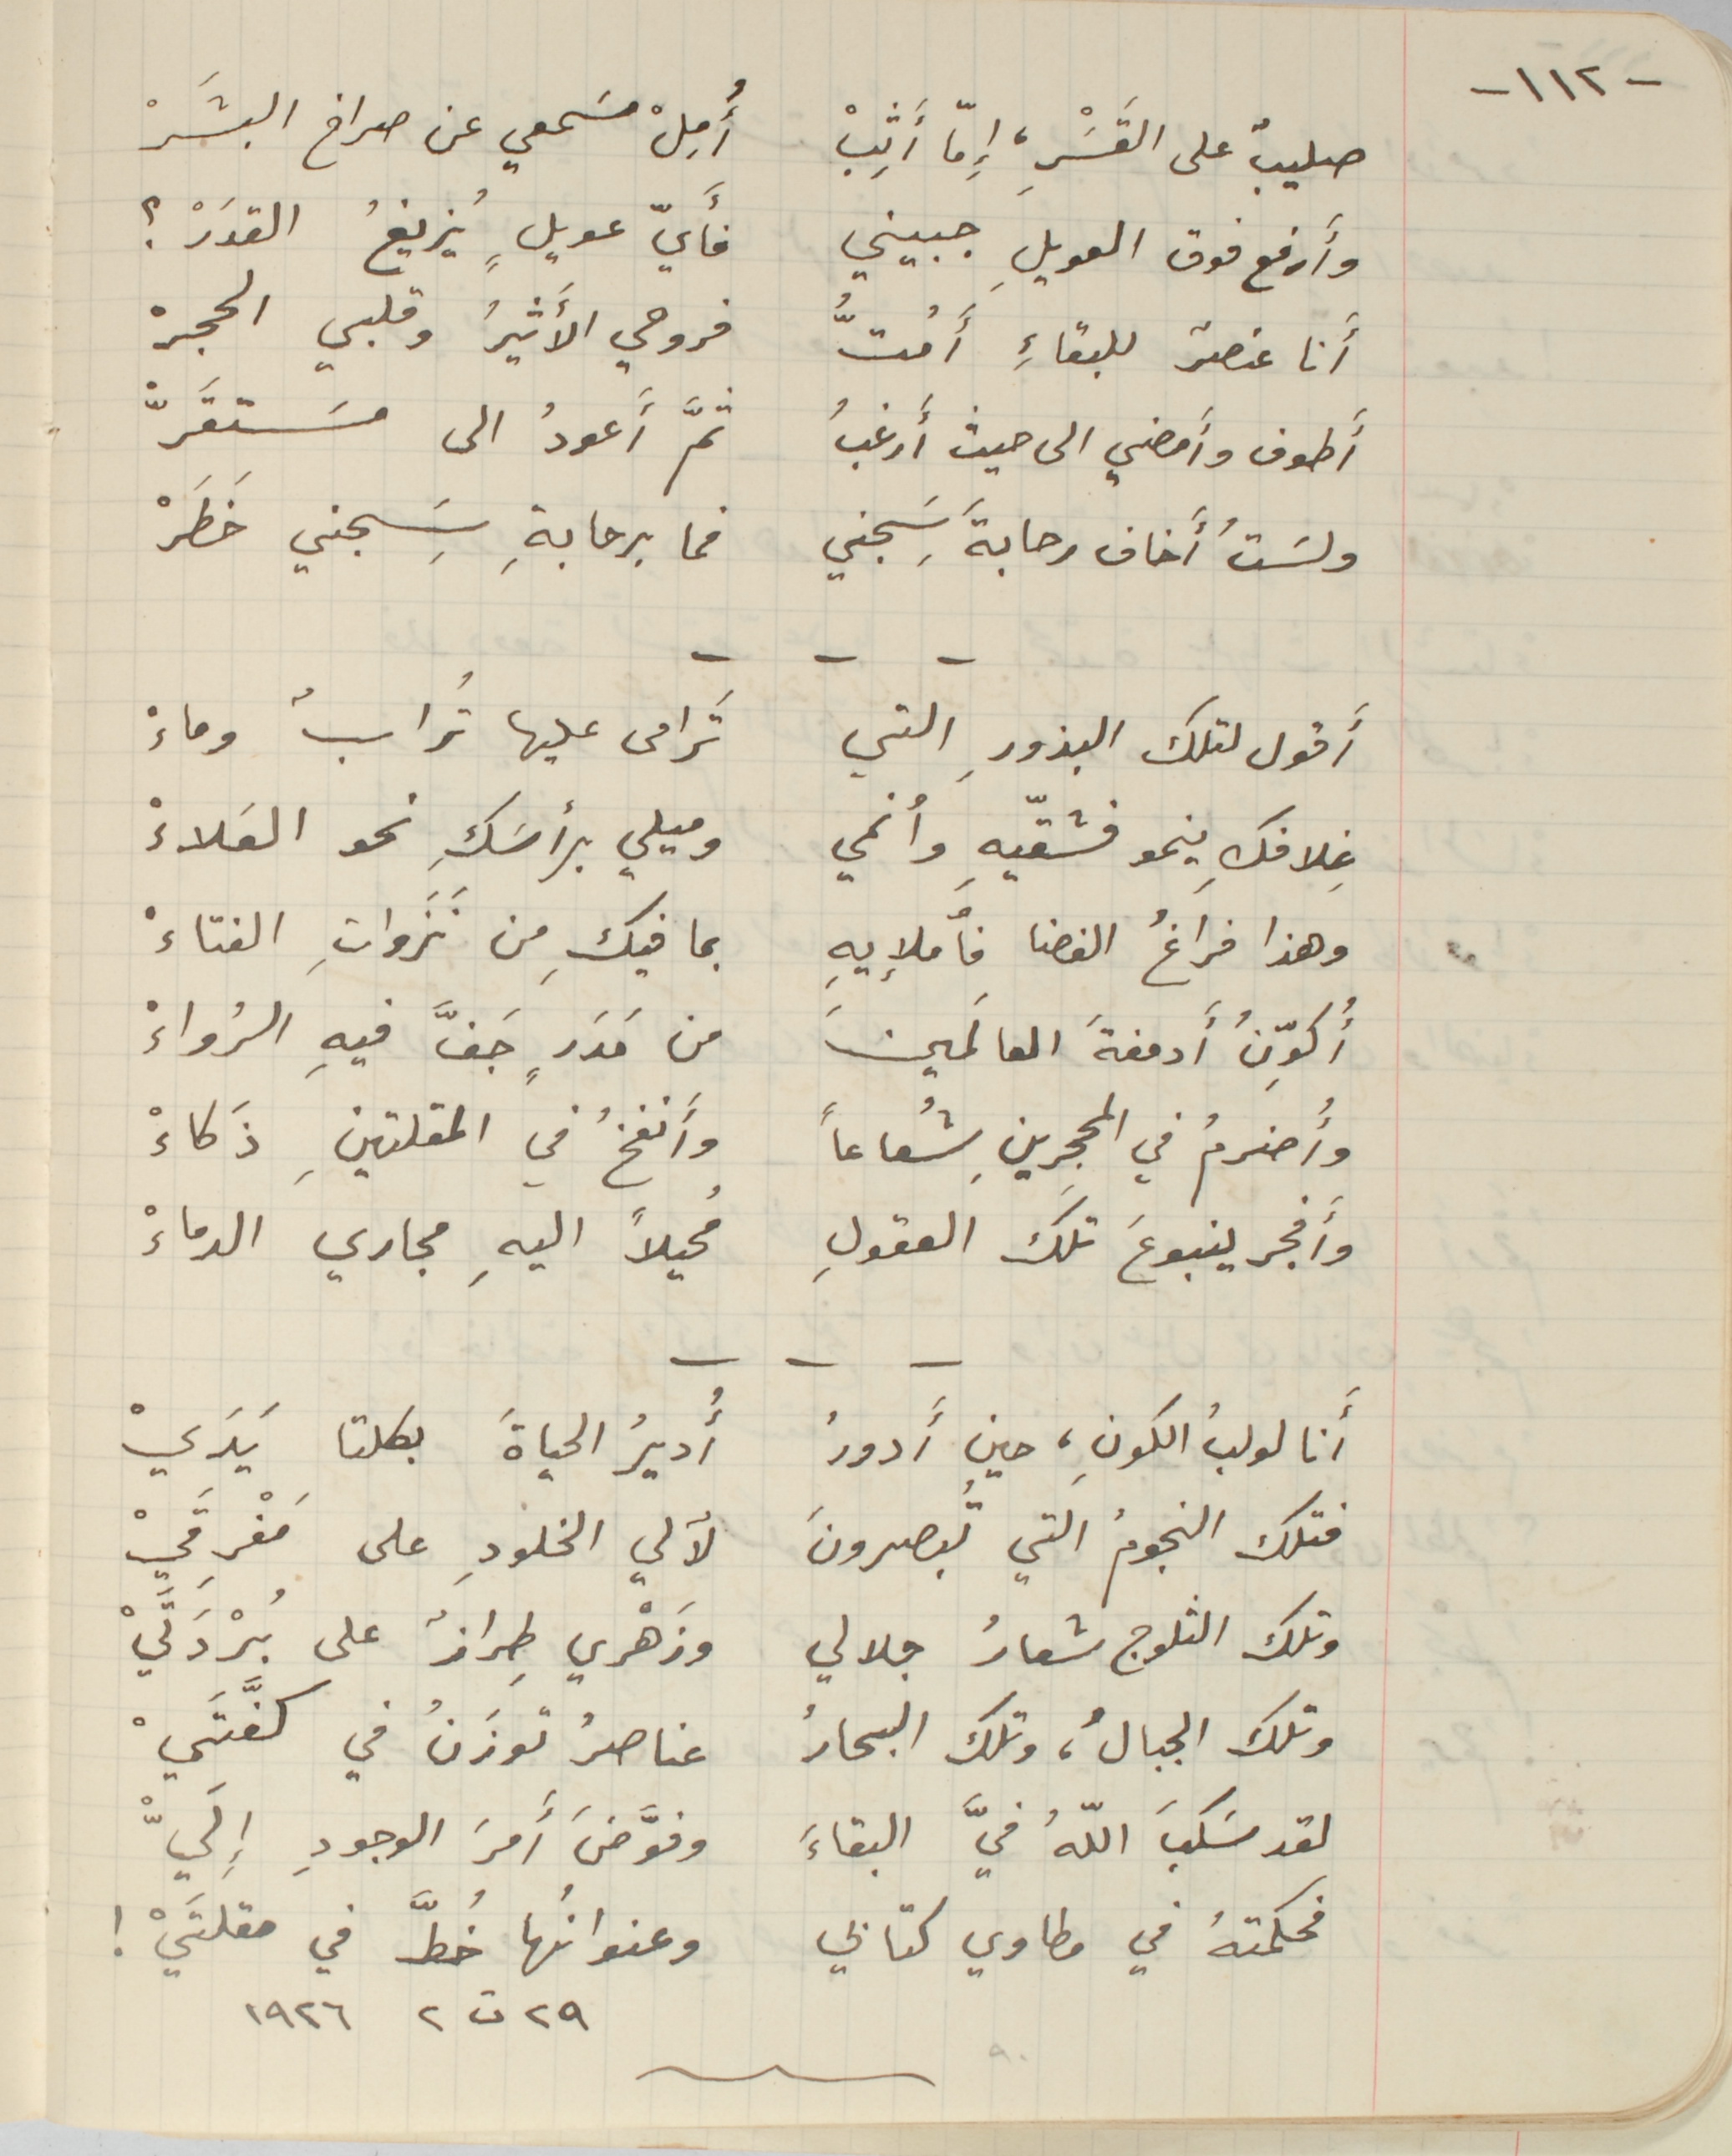
-١١٢-
 صليبٌ على القَسَْرِ، إِمّا أثِبْ أُمِلْ مسَمعي عن صراخ البشَرْ
وأَرفع فوق العويلِ جبيني فأَيّ عويلٍ يُزيغُ القدَرْ ؟
 أنا عنصرٌ للبقاءِ أَمُتُّ فروحي الأَثيرُ وقلبي الحجرْ
أَطوف وأَمضي الى حيث أَرغبُ ثمَّ أَعودُ الى مسَتقَرّْ
ولسَتُ أَخاف رحابةَ سَِجني فما برحابةِ سَِجني خَطَرْ
أَقول لتلك البذورِ التي تَرامى عليها تُرابٌ وماءْ
غِلافكِ ينمو فشقّيهِ وأنمي وميلي برأسَكِ نحو العَلاءْ
وهذا فراغُ الفضا فأملإيهِ بما فيكِ من نَزَواتِ الفتاءْ
 أُكوِّنُ أدمغةَ العالَمينَ من مَدَرٍ جفَّ فيهِ الرُواءْ
وأُحترمُ في المحجرينِ شُعاعاً وأَنفخُ في المقلتينِ ذَكاءْ
وأَفجر ينبوعَ تلك العقولِ مُحيلاً اليهِ مجاري الدماءْ
أَنا لولبُ الكونِ، حين أدورُ أُديرُ الحياةَ بكلتا يَدَيْ
فتلك النجومُ التي تُبصرونَ لآلي الخلودِ على مَفْرِقَيْ
وتلك الثلوج شعارُ جلالي وزَهْري طِرازٌ على بُرْدَتَيْ
وتلك الجبالُ، وتلك البحارُ عناصرُ توزَنُ في كفَّتَيْ
لقد سَكبَ اللهُ فيَّ البقاءَ وفوَّضَ أَمرَ الوجودِ إِليّْ
فحكمتهُ في مطاوي كتابي وعنوانُها خُطَّ في مقلتَيْ!
٢٩ ت٢ ١٩٢٦